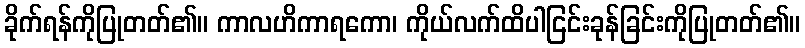
ခိုက်ရန်ကိုပြုတတ်၏။ ကာလဟိကာရကော၊ ကိုယ်လက်ထိပါငြင်းခုန်ခြင်းကိုပြုတတ်၏။